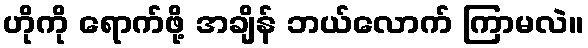
ဟိုကို ရောက်ဖို့ အချိန် ဘယ်လောက် ကြာမလဲ။